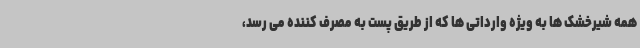
همه شیرخشک ها به ویژه وارداتی ها که از طریق پست به مصرف کننده می رسد،